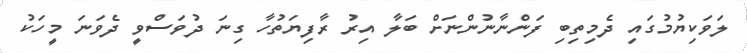
ލަވަކިޔުމުގައި ދެމިތިބި ފަންނާނުންނަށް ބަލާ އިރު ރާފިޔަތުހާ ގިނަ ދުވަސްވީ ދެވަނަ މީހަކު